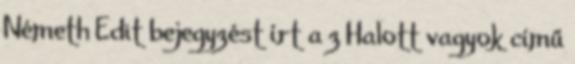
Németh Edit bejegyzést írt a z Halott vagyok című